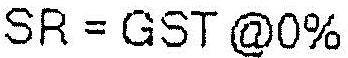
SR = GST @0%